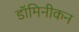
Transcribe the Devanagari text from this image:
डॉमिनीकन